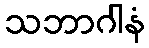
သဘာဂါနံ